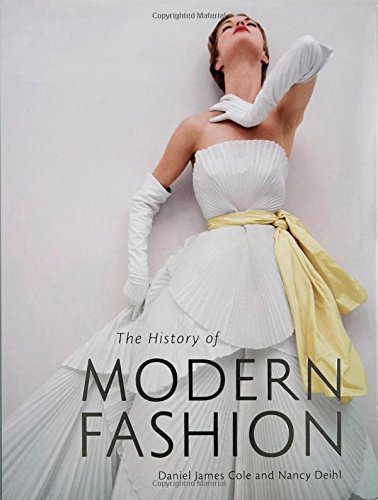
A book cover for The History of Modern Fashion: From 1850; Daniel James Cole; Arts & Photography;